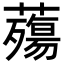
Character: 𧀫